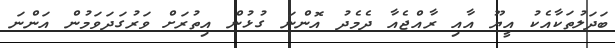
ބަދަލުތަކާއެކު އީޔޫ އާއި ރާއްޖެއާ ދެމެދު އޮންނަ ގުޅުން އިތުރަށް ވަރުގަދަވަމުން އަންނަ